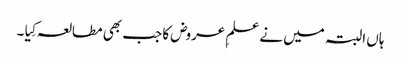
ہاں البتہ میں نے علمِ عروض کا جب بھی مطالعہ کِیا ۔